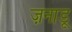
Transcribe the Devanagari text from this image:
ज़नाडू